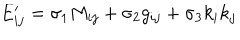
E _ { i j } ^ { \prime } = \sigma _ { 1 } M _ { i j } + \sigma _ { 2 } g _ { i j } + \sigma _ { 3 } k _ { i } k _ { j }